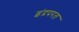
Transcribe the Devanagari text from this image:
इंद्रपरत